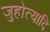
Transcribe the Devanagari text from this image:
जुहोत्यादि